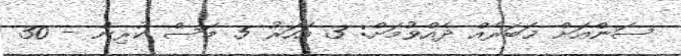
ސަންއަށް ޚަބަރެއް ދެއްވުމަށް: 3 އަހަރު 5 މަސް ކުރިން - 30